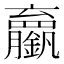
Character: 𬬘